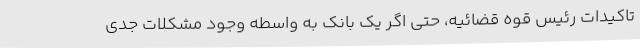
تاکیدات رئیس قوه قضائیه، حتی اگر یک بانک به واسطه وجود مشکلات جدی